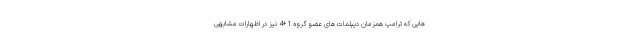
هایی که ترامپ همزمان دیپلمات های عضو گروه 1+4 نیز در اظهارات مشابهی